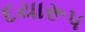
દયારૂપ